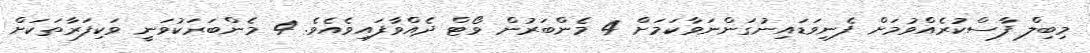
މިބިލް ފާސްކުރެއްވުމަށް ފެނިވަޑައިނުގަންނަވާކަމަށް 4 މެންބަރުން ވޯޓް ދެއްވާފައިވެއެވެ. 4 މެންބަރަކުވަނީ ވަކިފަރާތަކަށް